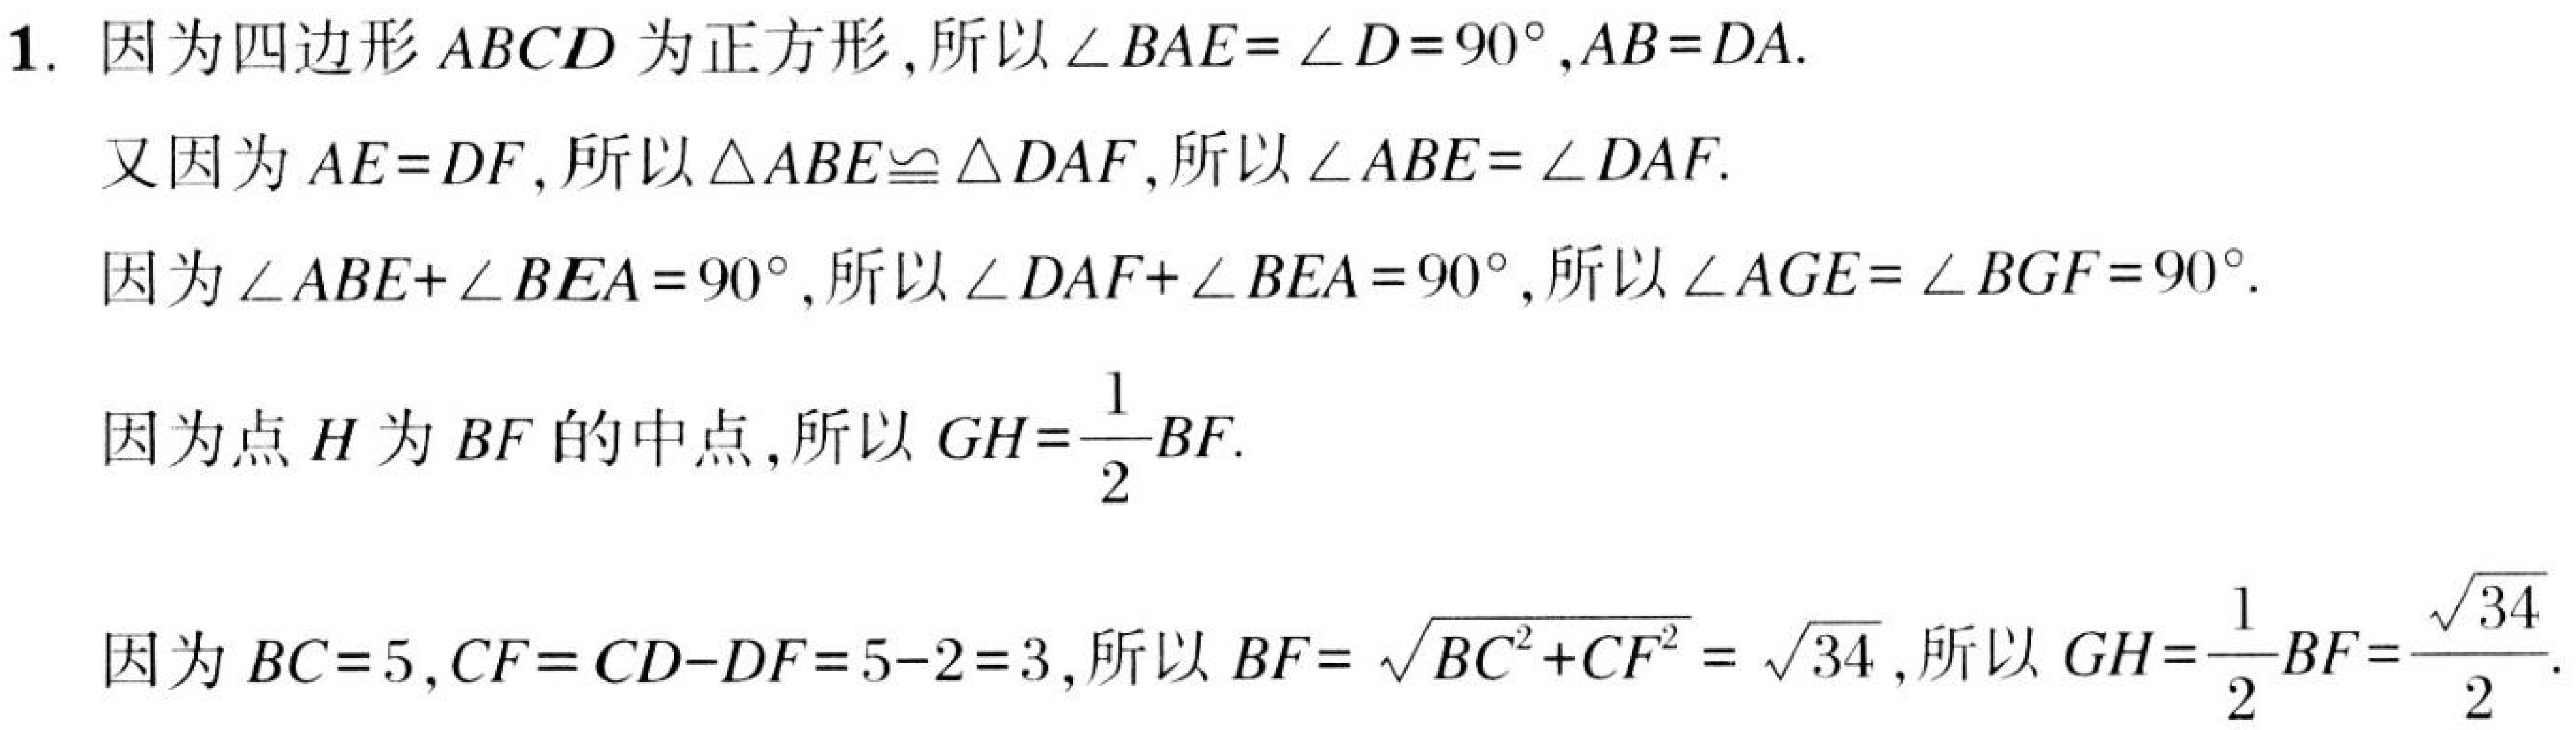
1. 因为四边形\(ABCD\)为正方形,所以\(\angle BAE = \angle D = 90^{\circ},AB = DA\).
又因为\(AE = DF\),所以\(\triangle ABE\cong\triangle DAF\),所以\(\angle ABE = \angle DAF\).
因为\(\angle ABE+\angle BEA = 90^{\circ}\),所以\(\angle DAF+\angle BEA = 90^{\circ}\),所以\(\angle AGE=\angle BGF = 90^{\circ}\).
因为点\(H\)为\(BF\)的中点,所以\(GH=\frac{1}{2}BF\).
因为\(BC = 5,CF = CD - DF=5 - 2 = 3\),所以\(BF=\sqrt{BC^{2}+CF^{2}}=\sqrt{34}\),所以\(GH=\frac{1}{2}BF=\frac{\sqrt{34}}{2}\).